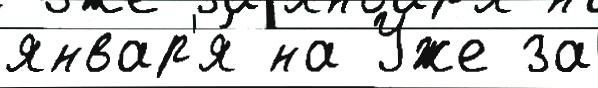
январ'я́ на Уже за